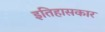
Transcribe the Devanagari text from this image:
इतिहासकार